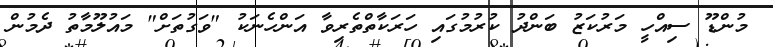
މުންޑޫ ސިއްހީ މަރުކަޒު ބަންދު ކުރުމުގައި ހަރަކާތްތެރިވާ އަންހެނަކު "ވަގުތަށް" މައުލޫމާތު ދެމުން